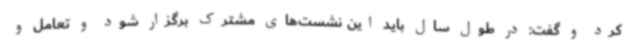
کرد و گفت: در طول سال باید این نشست‌های مشترک برگزار شود و تعامل و